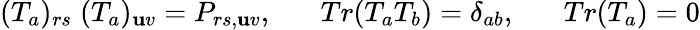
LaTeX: (T_{a})_{rs}\; (T_{a})_{\mathbf{u}v}=P_{rs,\mathbf{u}v},\; \; \; \; \; \; Tr(T_{a}T_{b})=\delta_{ab},\; \; \; \; \; \; Tr(T_{a})=0